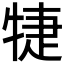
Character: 𤙶